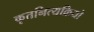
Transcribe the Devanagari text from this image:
कृतनित्यक्रियो